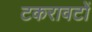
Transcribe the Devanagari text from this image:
टकरावटों